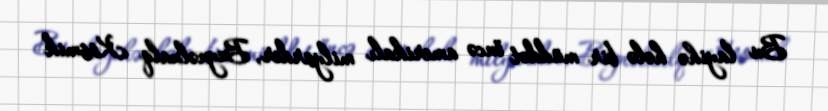
Bu layihə hələ bir müddət öncə amerikalı milyarder, Beynəlxalq Kosmik